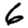
Digit: 6